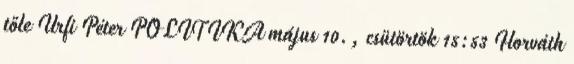
tőle Urfi Péter POLITIKA május 10., csütörtök 15:53 Horváth